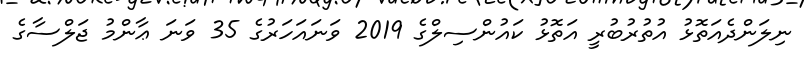
ނިލަންދެއަތޮޅު އުތުރުބުރީ އަތޮޅު ކައުންސިލްގެ 2019 ވަނައަހަރުގެ 35 ވަނަ ޢާންމު ޖަލްސާގެ